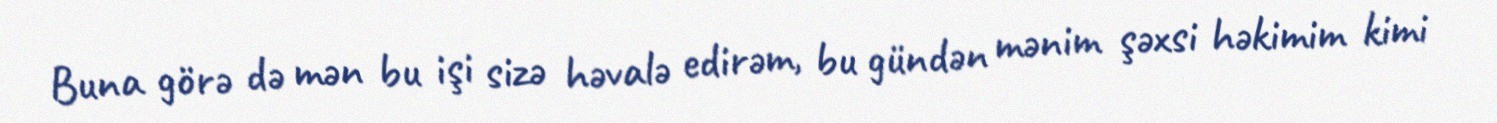
Buna görə də mən bu işi sizə həvalə edirəm, bu gündən mənim şəxsi həkimim kimi